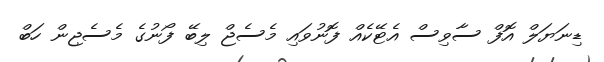
ޑިނަޔަލް އޮފް ސާވިސް އެޓޭކެއް ފޮނުވައި މެސެޖް ލިބޭ ފޯނުގެ މެސެޖިން ހަބް